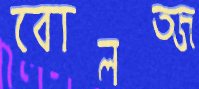
বোলত্জ